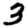
Digit: 3